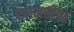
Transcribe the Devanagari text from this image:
खामखेडा